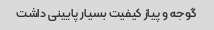
گوجه و پیاز کیفیت بسیار پایینی داشت